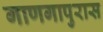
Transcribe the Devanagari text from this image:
गाणगापुरास